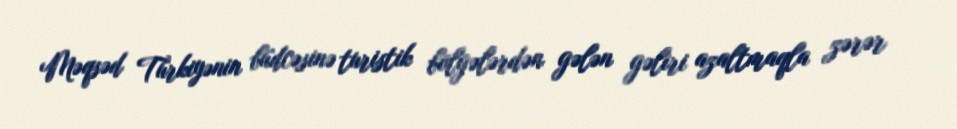
Məqsəd Türkiyənin büdcəsinə turistik bölgələrdən gələn gəliri azaltmaqla zərər